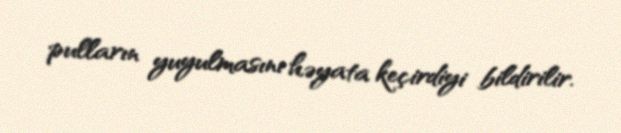
pulların yuyulmasını həyata keçirdiyi bildirilir.